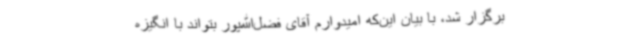
برگزار شد، با بیان این‌که امیدوارم آقای فضل‌الله‌پور بتواند با انگیزه